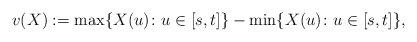
LaTeX: \begin{align*}v(X):=\max\{X(u)\colon u\in [s,t]\}-\min\{X(u)\colon u\in [s,t]\},\end{align*}